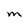
Character: M